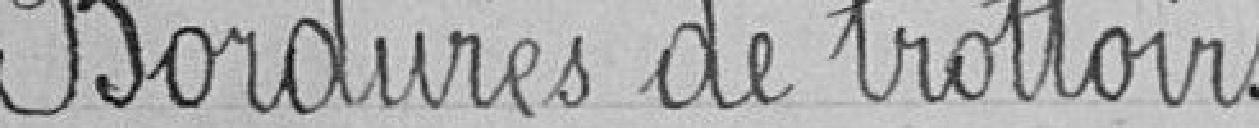
Bordures de trottoirs